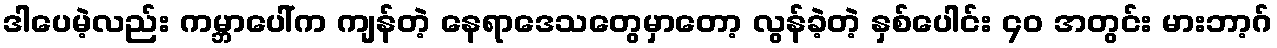
ဒါပေမဲ့လည်း ကမ္ဘာပေါ်က ကျန်တဲ့ နေရာဒေသတွေမှာတော့ လွန်ခဲ့တဲ့ နှစ်ပေါင်း ၄၀ အတွင်း မားဘာ့ဂ်